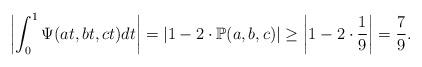
LaTeX: \begin{align*}\left|\int_0^1 \Psi(at,bt,ct) dt \right| = \left|1-2\cdot \mathbb{P}(a,b,c)\right| \geq \left|1-2\cdot \frac{1}{9}\right| =\frac{7}{9}.\end{align*}